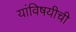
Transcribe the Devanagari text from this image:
यांविषयीची